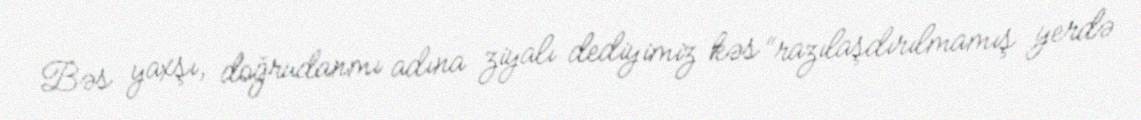
Bəs yaxşı, doğrudanmı adına ziyalı dediyimiz kəs “razılaşdırılmamış yerdə